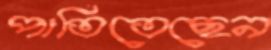
পাতিতেছেন